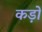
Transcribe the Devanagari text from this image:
कड़ों